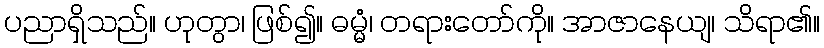
ပညာရှိသည်။ ဟုတွာ၊ ဖြစ်၍။ ဓမ္မံ၊ တရားတော်ကို။ အာဇာနေယျ၊ သိရာ၏။